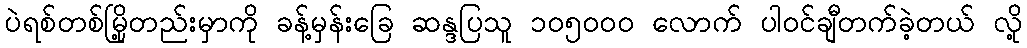
ပဲရစ်တစ်မြို့တည်းမှာကို ခန့်မှန်းခြေ ဆန္ဒပြသူ ၁၀၅၀၀၀ လောက် ပါဝင်ချီတက်ခဲ့တယ် လို့